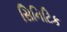
સિનિટિક